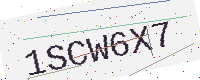
Text: 1SCW6X7